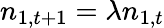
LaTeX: n_{1,t+1}=\lambda n_{1,t}